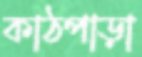
কাঠপাড়া